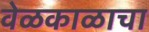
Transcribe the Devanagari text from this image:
वेळकाळाचा